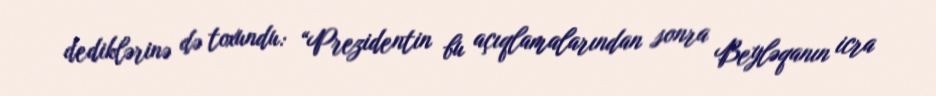
dediklərinə də toxundu: “Prezidentin bu açıqlamalarından sonra Beyləqanın icra